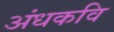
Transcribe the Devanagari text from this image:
अंधकवि